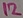
Text: 12